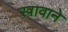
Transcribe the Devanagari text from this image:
स्त्रावाने